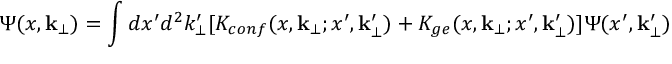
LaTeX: \Psi ( x , { \bf k _ { \bot } } ) = \int d x ^ { \prime } d ^ { 2 } k _ { \bot } ^ { \prime } [ K _ { c o n f } ( x , { \bf k _ { \bot } } ; x ^ { \prime } , { \bf k _ { \bot } ^ { \prime } } ) + K _ { g e } ( x , { \bf k _ { \bot } } ; x ^ { \prime } , { \bf k _ { \bot } ^ { \prime } } ) ] \Psi ( x ^ { \prime } , { \bf k _ { \bot } ^ { \prime } } )